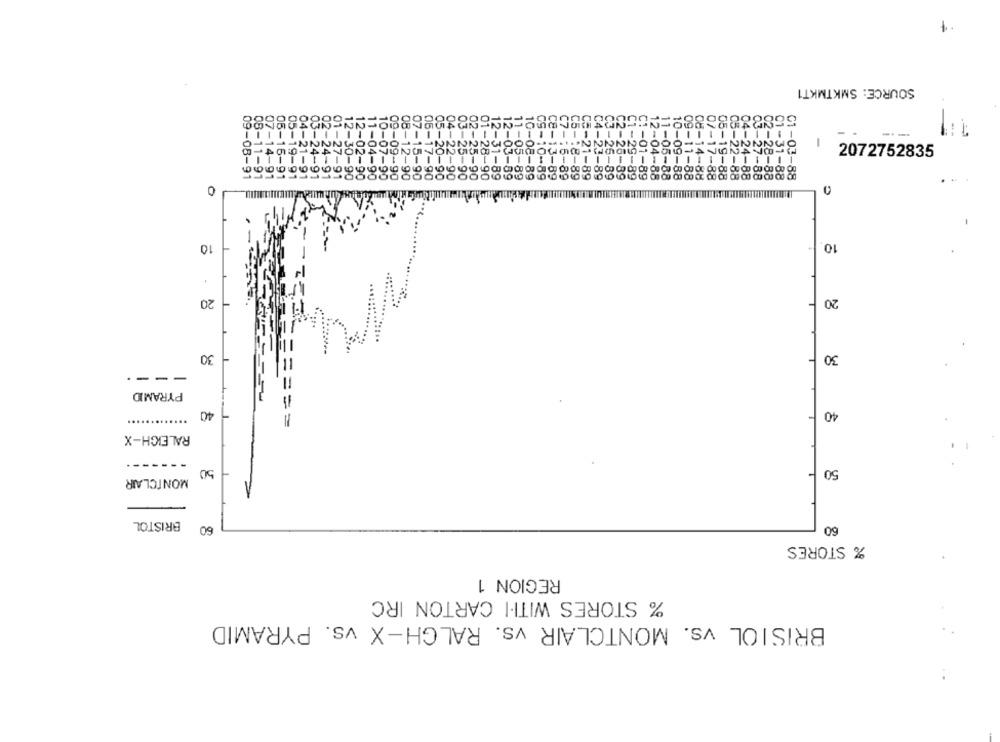
SOURCE: SMKTMKT1
---
-
2072752835
88
10
10.
20
20
30
30
---.
PYRAMID
40
40
===
RALEIGH-X
------.
50
50
MONTCLAIR
BRISTOL
60
60
% STORES
REGION 1
% STORES WITH. CARTON IRC
BRISTOL vs. MONTCLAIR vs. RALGH-X vs. PYRAMID
..